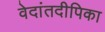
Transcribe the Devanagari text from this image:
वेदांतदीपिका